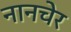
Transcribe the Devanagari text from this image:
नानचेर